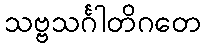
သဗ္ဗသင်္ဂါတိဂတေ